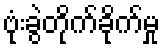
ဗုံးခွဲတိုက်ခိုက်မှု